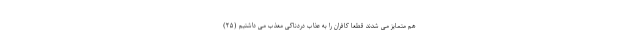
هم متمايز مى شدند قطعا كافران را به عذاب دردناكى معذب مى داشتيم (۲۵)